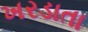
ખરડાતા